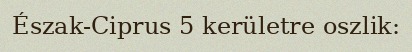
Észak-Ciprus 5 kerületre oszlik: